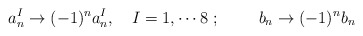
\begin{align*}a^I_n \rightarrow (-1)^na^I_n ,~~~I=1,\cdots 8~; ~~~~~~~b_n \rightarrow (-1)^n b_{n}\end{align*}